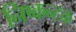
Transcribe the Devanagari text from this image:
निष्कन्टक